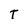
Character: T